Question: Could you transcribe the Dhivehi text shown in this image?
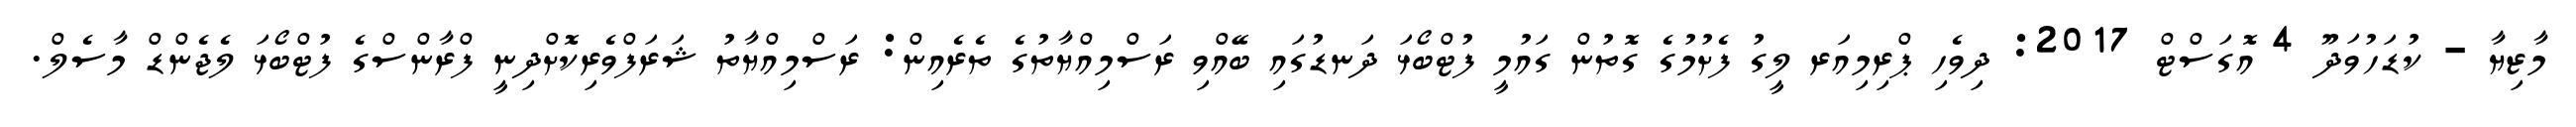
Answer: މާޒިޔާ - ކުޑަހުވަދޫ 4 އޮގަސްޓް 2017: ދިވެހި ޕްރިމިއަރ ލީގު ފެށުމުގެ ގޮތުން ގައުމީ ފުޓްބޯޅަ ދަނޑުގައި ބޭއްވި ރަސްމިއްޔާތުގެ ތެރެއިން: ރަސްމިއްޔާތު ޝަރަފްވެރިކޮށްދިނީ ފްރާންސްގެ ފުޓްބޯޅަ ލެޖެންޑް މާސެލް.